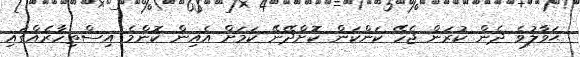
ޙަވާލުވެ ދެން ކުރަން ޖެހޭ ކަންކަން ކޮށްދޭނޭ ކަމަށް އެއިން ކޮންމެ އިސްތިހާރެއްގައި